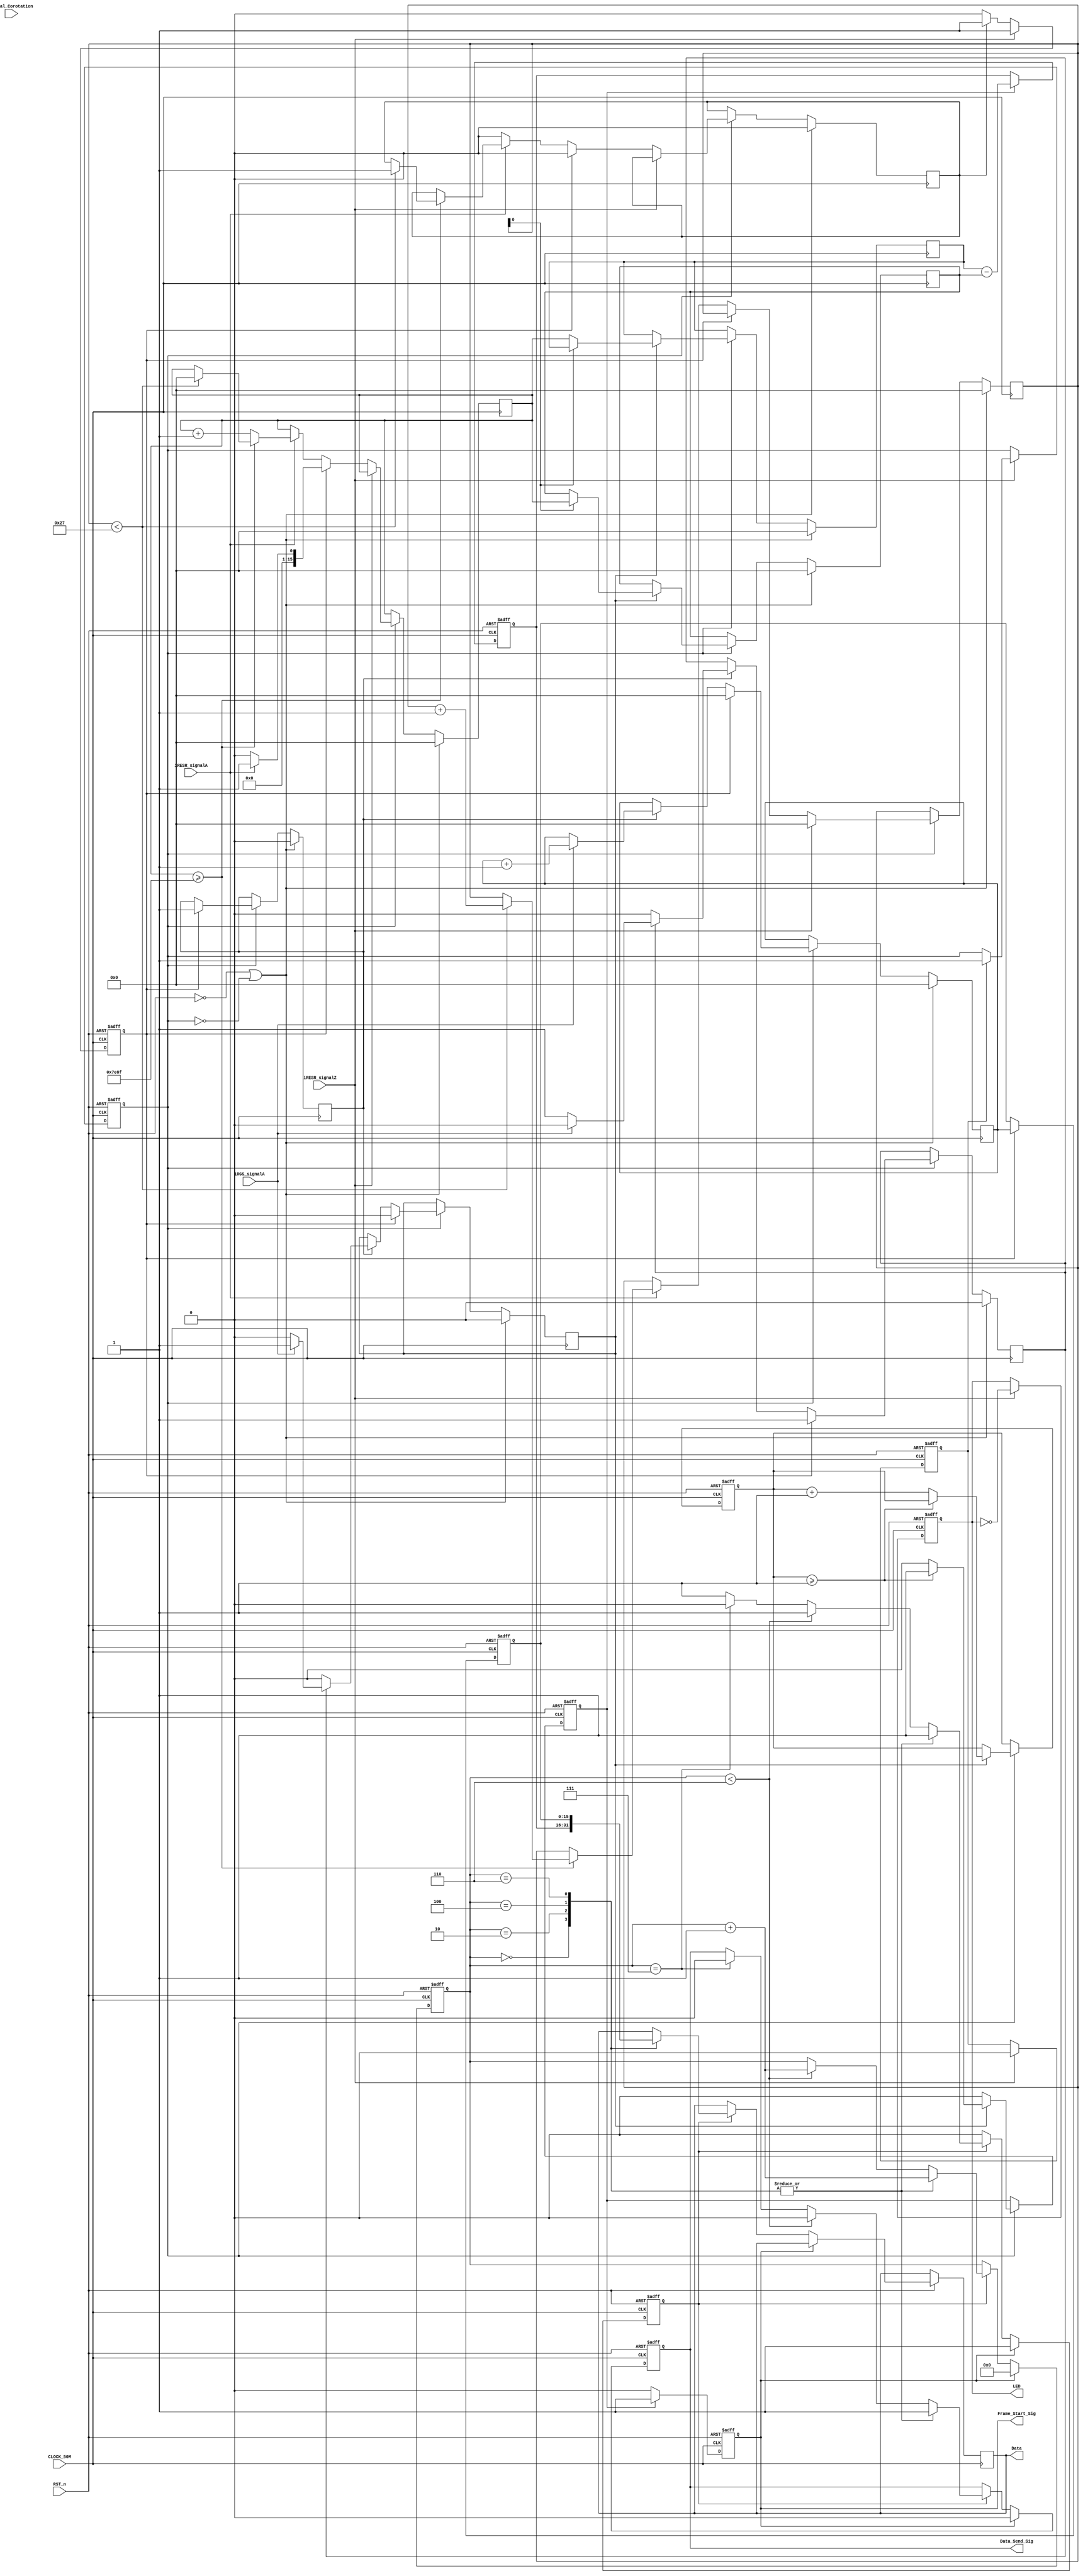
module Measure(CLOCK_50M,RST_n,iRESR_signalA,iRESR_signalZ,iRGS_signalA,Signal_Corotation,
				Frame_Start_Sig,Data_Send_Sig,Data,LED
				);


input CLOCK_50M;
input RST_n;
input iRESR_signalA;    //ԲդźţߵƽΪһϵͳʱź
input iRESR_signalZ;          //һϵͳʱԲդ0λź
input iRGS_signalA;		//դźţߵƽΪһϵͳʱź
input Signal_Corotation;  //תźţźΪ1תźΪ0ת
 output Frame_Start_Sig;//һʱӵĸߵƽ壬һ֡ݿʼ
 output Data_Send_Sig;//һźţʾһ8λݵ
 output [7:0]Data;//һ8x8ݻݴԲդ͹դߵ 	
 output [8:0]LED;//ã
/***************************************************************************/
`define RESR_CIRCLE_PLUSE_NUM   1296000
`define NUM                      40
`define MEASURE_RESR_NUM       (`RESR_CIRCLE_PLUSE_NUM/`NUM-1)  //32400-1
`define GROUP_NUM              (`NUM-1)      //40-1

/****************************************************************************/
reg [8:0]rLED;
always@(posedge CLOCK_50M or negedge RST_n)
	if(!RST_n)
		rLED<=8'd0;
	else if(iRESR_signalZ)//0λźʱһݿʼ	
		rLED<=~rLED;	
assign LED=rLED;
/***************************************************************************
-----------------------------------------------------------
iSignal_A | 
---------------------------------------------------------------
0λźţҪǵһתԲդڻõĸ
ˣֱӲ
ʱ0λźŻԲդźţ0λźſʼһµļֵ
ˣֱӵ
ʱɼͳһתѾ˶ݣõʱ
	  ȴ0λźų֣ԲդźʹһĿʼ
	  
ܵԭԲդʵʵԤƵܴ󣬼༸ʮ
һͳƸ1696ȣӦܽܡ
--------------------------------------------------------------
ģĿʼڣ⵽һ0λźʱ
ģ˿һתϴ1000ݣԲդźŵ1296000/ת
һüСΪ1296Ϊ1000Ĵ1000˵һתԲդ
ˡ
--------------------------------------------------------------
ע⣺ܵдʱΪκźŶͳԲդ
******************************************************************************/

reg is_measure_start;//⵽һ0λźʱ⿪ʼ
reg is_first_ZERO_pulse;//һ0λźŵı־
reg group_measure_again;//ΪµһĿʼź
always@(posedge CLOCK_50M or negedge RST_n)
	if(!RST_n)
	begin
		is_first_ZERO_pulse<=1'b1;
		is_measure_start<=1'b0;
		group_measure_again<=1'b0;
	end
	else if(iRESR_signalZ)//0λźʱһݿʼ
	begin
		if(is_first_ZERO_pulse)//Ƿǵһ0λź
		begin
			is_first_ZERO_pulse<=1'b0;
			is_measure_start<=1'b1;//⿪ʼһϵͳʱӵĸźţ
		end			
		group_measure_again<=1'b1;//ΪµһĿʼź
	end
	else if(is_group_measure_start)
		group_measure_again<=1'b1;
	else
		group_measure_again<=1'b0;

/*******************************************************************************/
reg [15:0]group_count;//¼һתڷ͵ݴһתж
reg [15:0]RESR_pulse_count0;//ڼ೤ʱ䷢һݵźţۻĴ
reg [15:0]RESR_pulse_count1;//ԲդʼһμһιդߵصԲդ
reg [15:0]RESR_pulse_count2;//ԲդսһμһιդߵصԲդ
reg is_group_measure_start;
always@(posedge CLOCK_50M)
  if(!RST_n || !is_measure_start)//λźŻ߻ûпʼ
  begin
	group_count<=16'd0;
    RESR_pulse_count0<=16'd0;
	RESR_pulse_count1<=16'd0;
	RESR_pulse_count2<=16'd0;
	is_group_measure_start<=1'b0;
  end
  else if(is_measure_start)//ʼвź  
  begin
	if(iRESR_signalZ)//⵽0λź
	begin
		group_count<=16'd0;		
	end//group_measure_againźŻiRESR_signalZźһϵͳʱӣelse
	else if(group_measure_again)//ʼµһź
	begin
		is_group_measure_start<=1'b0;
		if(iRESR_signalA==1'b1)//źͬأΪʹźţټһԲդź
			RESR_pulse_count0<=16'd1;
		else
			RESR_pulse_count0<=16'd0;
	end
	else
	begin
		if(iRESR_signalA==1'b1)
		begin							
			if(RESR_pulse_count0>=`MEASURE_RESR_NUM )//ƵһʱǡǡˣΪʲô>=ŵԭ
			begin
				if(group_count<`GROUP_NUM)//пڵ𶯣ʹԲդתһܷԤƵ,Լһ0λźŴټһ
				begin
					RESR_pulse_count0<=1'b0;//
					group_count<=group_count+16'd1;
					is_group_measure_start<=1'b1;
				end
				end
			else
				RESR_pulse_count0<=RESR_pulse_count0+16'd1;
		end					
		else
			is_group_measure_start<=1'b0;
	end
	if(detected_first_RGS_pulse)//⵽һտʼĵһդźţźһϵͳʱź
	begin
		if(group_count[0]==1'b0)//
			RESR_pulse_count1<=RESR_pulse_count0;
		else					//ż
			RESR_pulse_count2<=RESR_pulse_count0;
	end
  end
/**************************************************************/
reg [15:0]RGS_pulse_count;
reg detected_first_RGS_pulse;//ÿеĵһդߵźű־λ
reg start_RGS_pulse_count;//һʼйդĲ
reg is_first_RGS_pulse;//Ƿһ鿪ʼĵһդź
always@(posedge CLOCK_50M)
  if(!RST_n || !is_measure_start)//λźŻ߻ûпʼ
  begin
	detected_first_RGS_pulse<=1'b0;//һݲʼ⵽һդźŵı־λ
	start_RGS_pulse_count<=1'b0;
	RGS_pulse_count<=16'd0;
	is_first_RGS_pulse<=1'b0;//һĵһդߵ־λ
  end
  else if(is_measure_start)//ʼвźţһϵͳʱźţ  
  begin	
	if(group_measure_again)//ʼµһĲһϵͳʱźţ
	begin
		start_RGS_pulse_count<=1'b1;
		detected_first_RGS_pulse<=1'b0;
		is_first_RGS_pulse<=1'b1;
		RGS_pulse_count<=16'd0;
	end
	else if(start_RGS_pulse_count)
	begin
		if(is_first_RGS_pulse)
		begin
			if(iRGS_signalA)
			begin
				is_first_RGS_pulse<=1'b0;
				detected_first_RGS_pulse<=1'b1;
			end
			else
				detected_first_RGS_pulse<=1'b0;   //Ϊźֻһϵͳʱ             								
	   end
	   else
			detected_first_RGS_pulse<=1'b0;
	   if(iRGS_signalA)
			RGS_pulse_count<=RGS_pulse_count+16'd1;	
   end		
  end
 /*------------------ͳݲɼź------------------------------------*/
reg sampling_signal;
reg [1:0]count;
always@(posedge CLOCK_50M or negedge RST_n)
	if(!RST_n)
	begin
		count<=2'd0;
		sampling_signal<=1'b0;
	end
	else if(is_measure_start)
	begin
		if(detected_first_RGS_pulse)
		begin
			if(count>=2'd1)
				sampling_signal<=1'b1;
			else
			begin
				sampling_signal<=1'b0;
				count<=count+2'd1;
			end
		end
		else
			sampling_signal<=1'b0;
	end
	
  
  

/*******************************ǶݽдĲ****************************************************/

/*----------------------------------------------------
浱ǰֵĴУȴ
------------------------------------------------------*/
reg rFrame_Start_Sig;
reg [15:0]RESR_pulse_value;
reg [15:0]RGS_pulse_value;
always@(posedge CLOCK_50M or negedge RST_n)
	if(!RST_n)
	begin
		rFrame_Start_Sig<=1'b0;		
		RESR_pulse_value<=16'd0;
		RGS_pulse_value<=16'd0;
	end
	else 
	begin
		if(group_measure_again)
			RGS_pulse_value<=RGS_pulse_count;
			
		if(sampling_signal)
		begin
			rFrame_Start_Sig<=1'b1;				
			RESR_pulse_value<=RESR_pulse_count1-RESR_pulse_count2;
		end	
		else
			rFrame_Start_Sig<=1'b0;
	end
/*****************************************************************
Ѳݷ͵һģ飬ݷ
*****************************************************************/
reg [7:0]rData;
reg rData_Send_Sig;
reg [7:0]num;
reg start_send;
always@(posedge CLOCK_50M or negedge RST_n)
		if(!RST_n)
		begin
			start_send<=1'b0;
			rData_Send_Sig<=1'b0;
			num<=8'd0;
		end
		else if(rFrame_Start_Sig)
		begin
			start_send<=1'b1;
			rData_Send_Sig<=1'b0;
			num<=8'd0;
		end
		else if(start_send)
		begin
			case(num)
			8'd0:begin rData<=RESR_pulse_value[15:8];num<=num+8'd1;rData_Send_Sig<=1'b1;end
			8'd2:begin rData<=RESR_pulse_value[7:0];num<=num+8'd1;rData_Send_Sig<=1'b1;end
			8'd4:begin rData<=RGS_pulse_value[15:8];num<=num+8'd1;rData_Send_Sig<=1'b1;end
			8'd6:begin rData<=RGS_pulse_value[7:0];num<=num+8'd1;rData_Send_Sig<=1'b1;end
			default:
				if(num<8'd6)
				begin num<=num+8'd1;rData_Send_Sig<=1'b0;end
			   else if(num==8'd7)
				begin start_send<=1'b0;rData_Send_Sig<=1'b0;end
			endcase
		end

	assign Data=rData;
	assign Data_Send_Sig=rData_Send_Sig;
	assign Frame_Start_Sig=rFrame_Start_Sig;
endmodule